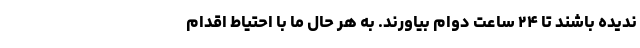
ندیده باشند تا ۲۴ ساعت دوام بیاورند. به هر حال ما با احتیاط اقدام